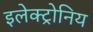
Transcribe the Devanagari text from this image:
इलेक्ट्रोनिय